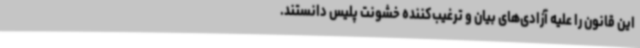
این قانون را علیه آزادی‌های بیان و ترغیب‌کننده خشونت پلیس دانستند.